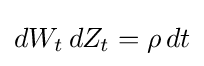
dW_{t}\,dZ_{t}=\rho \,dt